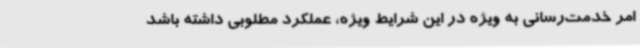
امر خدمت‌رسانی به ویژه در این شرایط ویژه، عملکرد مطلوبی داشته باشد